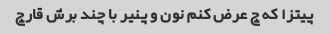
پیتزا که چ عرض کنم نون و پنیر با چند برش قارچ